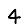
Digit: 4